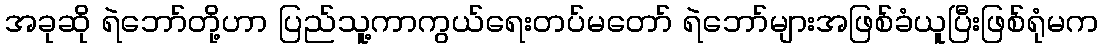
အခုဆို ရဲဘော်တို့ဟာ ပြည်သူ့ကာကွယ်ရေးတပ်မတော် ရဲဘော်များအဖြစ်ခံယူပြီးဖြစ်ရုံမက